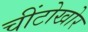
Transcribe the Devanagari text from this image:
चींटोखोर